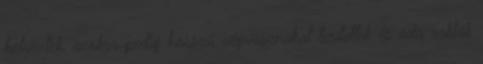
helyeztek, azokra pedig hosszú végvásznakat terítettek és oda rakták